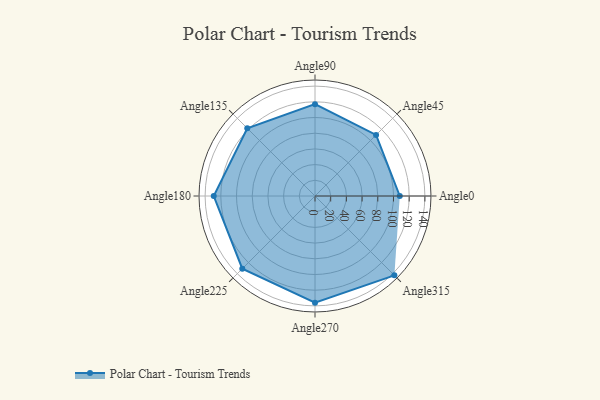
{"axis": {"x": "Angle", "y": "Radius"}, "legend": [""], "data": [{"x": "Angle0", "y": 108.0, "type": ""}, {"x": "Angle45", "y": 110.0, "type": ""}, {"x": "Angle90", "y": 117.0, "type": ""}, {"x": "Angle135", "y": 122.0, "type": ""}, {"x": "Angle180", "y": 129.0, "type": ""}, {"x": "Angle225", "y": 131.0, "type": ""}, {"x": "Angle270", "y": 136.0, "type": ""}, {"x": "Angle315", "y": 143.0, "type": ""}]}